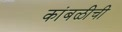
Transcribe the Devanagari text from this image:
कांबळीची